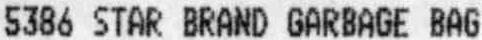
5386 STAR BRAND GARBAGE BAG